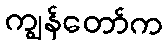
ကျွန်တော်က